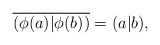
LaTeX: \begin{align*}\overline{(\phi(a)|\phi(b))}=(a|b),\end{align*}